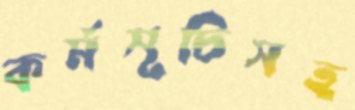
কর্মসূচিসহ